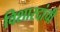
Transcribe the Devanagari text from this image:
विशारदांची